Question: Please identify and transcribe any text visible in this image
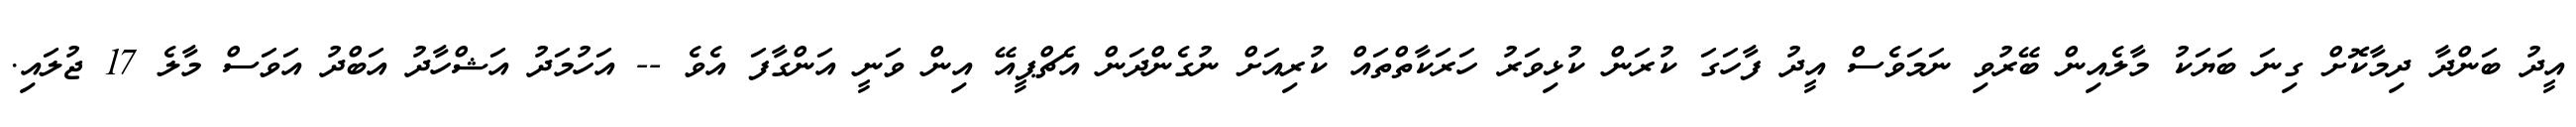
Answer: އީދު ބަންދާ ދިމާކޮށް ގިނަ ބަޔަކު މާލެއިން ބޭރުވި ނަމަވެސް އީދު ފާހަގަ ކުރަން ކުޅިވަރު ހަރަކާތްތައް ކުރިއަށް ނުގެންދަން އެޗްޕީއޭ އިން ވަނީ އަންގާފަ އެވެ -- އަހުމަދު އަޝްހާދު އަބްދު އަވަސް މާލެ 17 ޖުލައި.